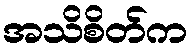
အသိစိတ်က